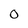
Character: o